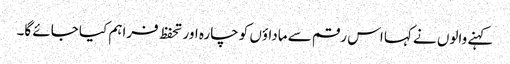
کہنے والوں نے کہا اس رقم سے ماداؤں کو چارہ اور تحفظ فراہم کیا جائے گا۔